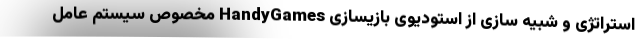
استراتژی و شبیه سازی از استودیوی بازیسازی HandyGames مخصوص سیستم عامل